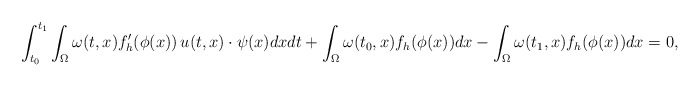
\begin{align*}\int_{t_0}^{t_1} \int_{\Omega} \omega(t,x) f_h'(\phi(x))\, u(t,x)\cdot \psi(x) dxdt +\int_{\Omega} \omega(t_0,x) f_h(\phi(x)) dx - \int_{\Omega} \omega(t_1,x) f_h(\phi(x)) dx =0,\end{align*}